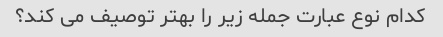
کدام نوع عبارت جمله زیر را بهتر توصیف می کند؟